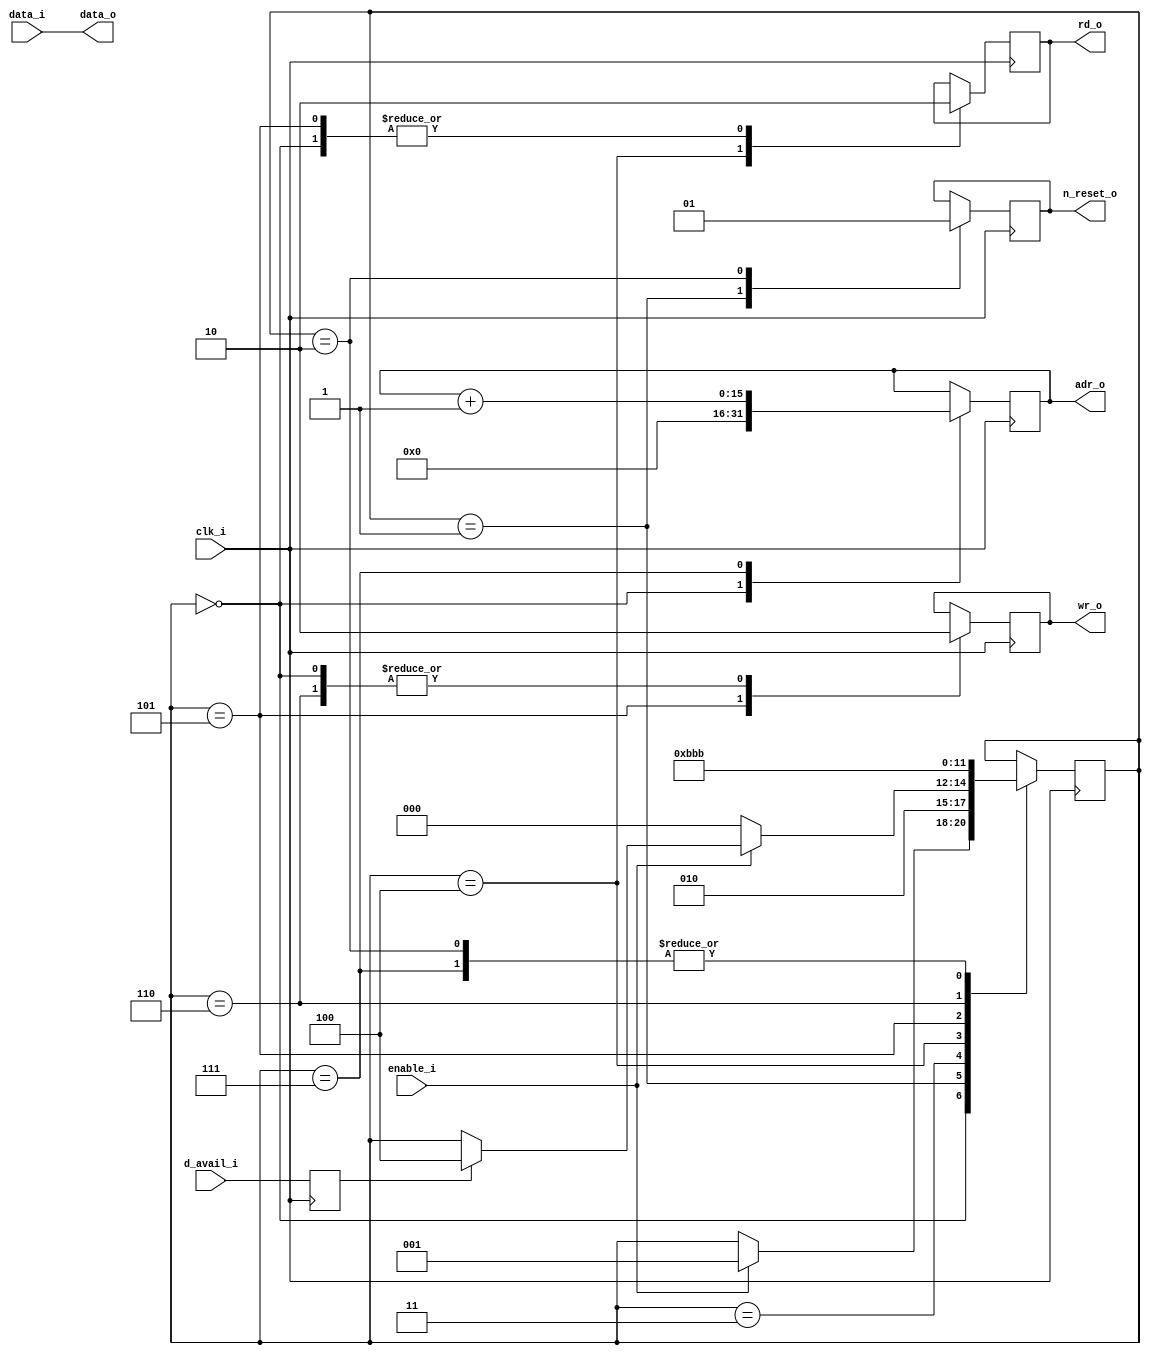
module support_dma ( 
		input 			clk_i,
		input 			enable_i,	// When this goes high, it resets the state machine to first state
		input 			d_avail_i,	// Goes high when data is available
		input [7:0]		data_i,
		output [15:0] 	adr_o,		// DMA address
		output [7:0]	data_o,
		output 			wr_o,			// To memory
		output			rd_o,			// To SPI
		output			n_reset_o	// To clear the UART before starting
	);

	// Wire definitions ===========================================================================

	// Registers ==================================================================================
	reg [2:0] 	state = 3'd0;
	reg [15:0] 	address = 0;
	reg 			mem_wr = 0;
	reg			inbound_rd = 0, d_avail = 0;
	reg			n_reset = 1;
	
	// Assignments ================================================================================
	assign rd_o = inbound_rd;
	assign data_o = data_i;
	assign n_reset_o = n_reset;
//TESTING	assign adr_o = {4'b1110,address[11:0]};
	assign adr_o = address;
	assign wr_o = mem_wr;
	
	// Module connections =========================================================================
	always @( posedge clk_i ) d_avail <= d_avail_i;		// d_avail is set on negedge
	
	// Simulation branches and control ============================================================
	always @(negedge clk_i)
	begin
		case (state)
			0 :begin
				address <= 16'd0;
				mem_wr <= 0;
				inbound_rd <= 0;
				if( enable_i ) state <= 3'd1;
			end
			1 :begin
				n_reset <= 0;
				state <= 3'd2;
				end
			2 :begin
				n_reset <= 1;			// Reset going high will update fifo counters, so wait another step
				state <= 3'd3;			// For the d_avail_i to be updated
				end
			3 :begin
				if( !enable_i ) 
					state <= 3'd0;
				else
					if( d_avail )
						state <= 3'd4;
			end
			4 :begin
				inbound_rd <= 1'b1;	// read takes effect immediately
				state <= 3'd5;
			end
			5 :begin
				inbound_rd <= 1'b0;
				mem_wr <= 1'b1;		// Write only takes effect on next clock posedge
				state <= 3'd6;
			end
			6 :begin
				mem_wr <= 1'd0;
				state <= 3'd7;
			end
			7 :begin
				address <= address + 1'b1;
				state <= 3'd3;
			end
			default:
				state <= 3'd0;
		endcase
	end
	// Other logic ================================================================================
	
endmodule